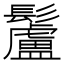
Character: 䰕